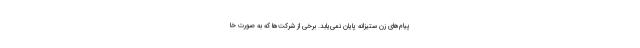
پیام‌های زن ستیزانه پایان نمی‌یابد. برخی از شرکت‌ها که به صورت خا